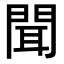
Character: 聞